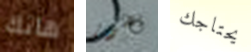
هانك يصور يحتاجك